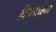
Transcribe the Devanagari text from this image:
दिपमाळेवर